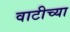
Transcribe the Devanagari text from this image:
वाटीच्या